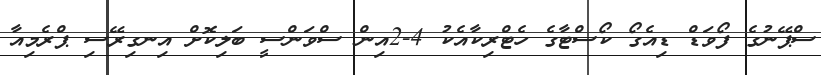
ސްޕޭނުގެ ފޯވަޑް ޑިއެގޯ ކޯސްޓާގެ ހެޓްރިކާއެކު 4-2އިން ސްވަންސީ ބަލިކޮށް އިނގިރޭސި ޕްރެމިއާ